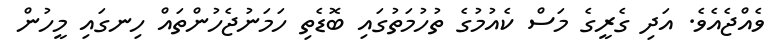
ވެއްޖެއެވެ. އަދި ގެރީގެ މަސް ކެއުމުގެ ތުހުމަތުގައި ބޮޑެތި ހަމަނުޖެހުންތައް ހިނގައި މީހުން